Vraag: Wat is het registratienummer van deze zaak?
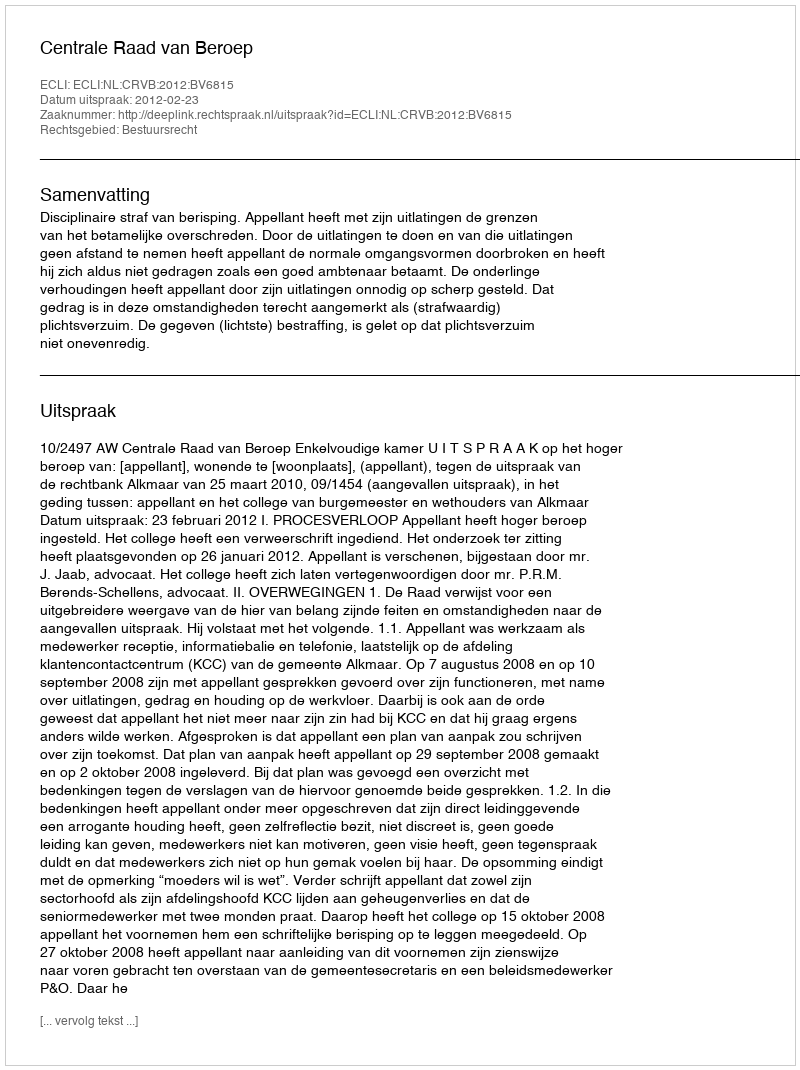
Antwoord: http://deeplink.rechtspraak.nl/uitspraak?id=ECLI:NL:CRVB:2012:BV6815